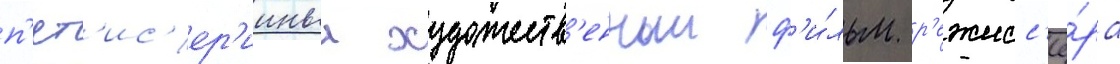
п'ят'ис'ер'ииныи художеств'енныи ф'и́льм р'ежисс'ё́ра